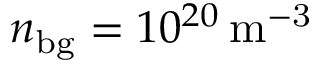
n _ { \mathrm { b g } } = 1 0 ^ { 2 0 } \, \mathrm { m ^ { - 3 } }